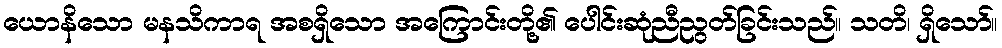
ယောနိသော မနသိကာရ အစရှိသော အကြောင်းတို့၏ ပေါင်းဆုံညီညွတ်ခြင်းသည်။ သတိ၊ ရှိသော်။